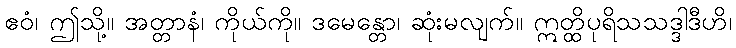
ဧဝံ၊ ဤသို့။ အတ္တာနံ၊ ကိုယ်ကို။ ဒမေန္တော၊ ဆုံးမလျက်။ ဣတ္ထိပုရိသသဒ္ဒါဒီဟိ၊